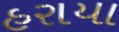
હરાયા